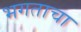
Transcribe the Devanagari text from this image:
भगताचा